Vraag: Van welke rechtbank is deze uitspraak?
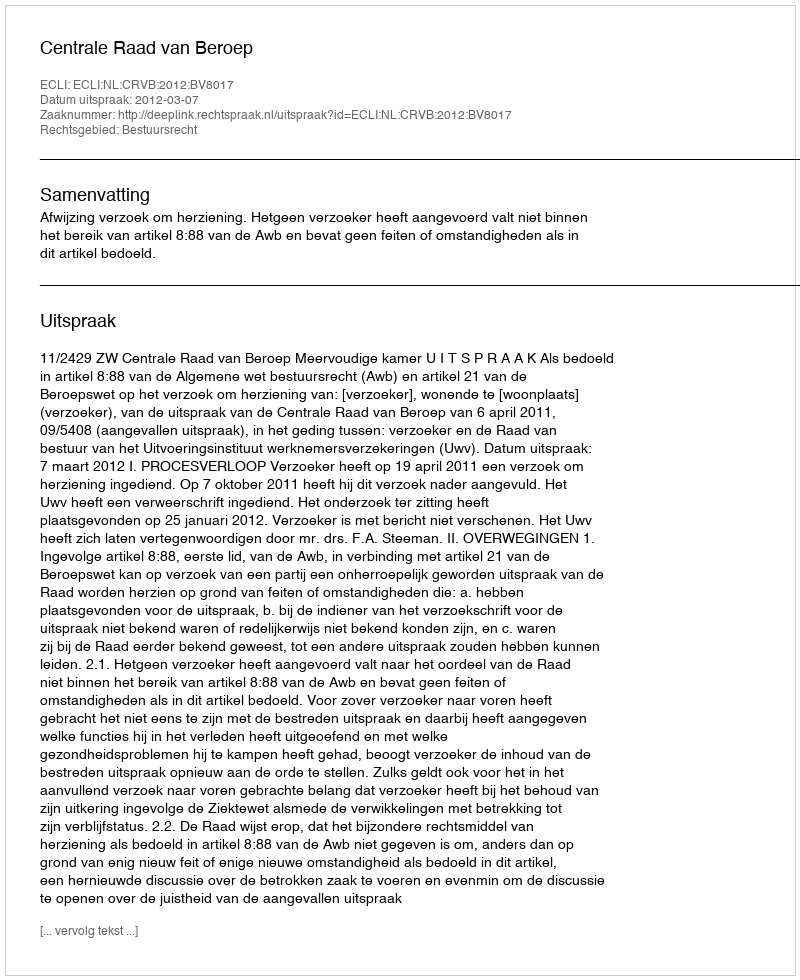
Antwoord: Centrale Raad van Beroep